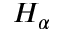
H _ { \alpha }